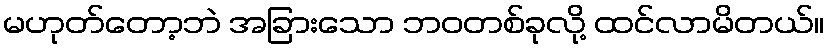
မဟုတ်တော့ဘဲ အခြားသော ဘဝတစ်ခုလို့ ထင်လာမိတယ်။